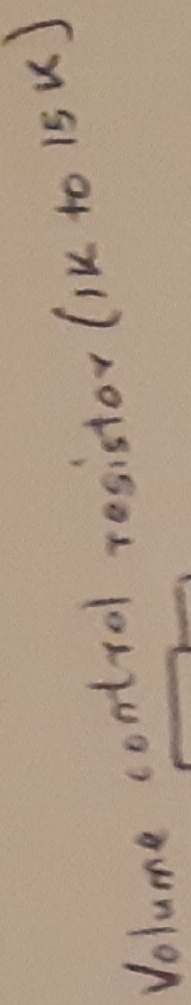
Text: volume control Resistor(1k to 15k)